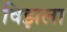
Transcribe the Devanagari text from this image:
विझला